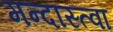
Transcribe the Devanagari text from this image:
मन्दास्त्वां